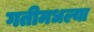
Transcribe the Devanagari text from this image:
गतीमधल्या